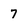
Character: 7